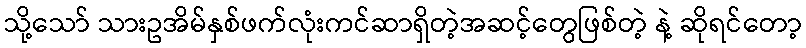
သို့သော် သားဥအိမ်နှစ်ဖက်လုံးကင်ဆာရှိတဲ့အဆင့်တွေဖြစ်တဲ့ နဲ့ ဆိုရင်တော့